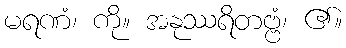
မရဏံ၊ ကို။ အနုဿရိတဗ္ဗံ၊ ၏။